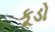
કૂડો